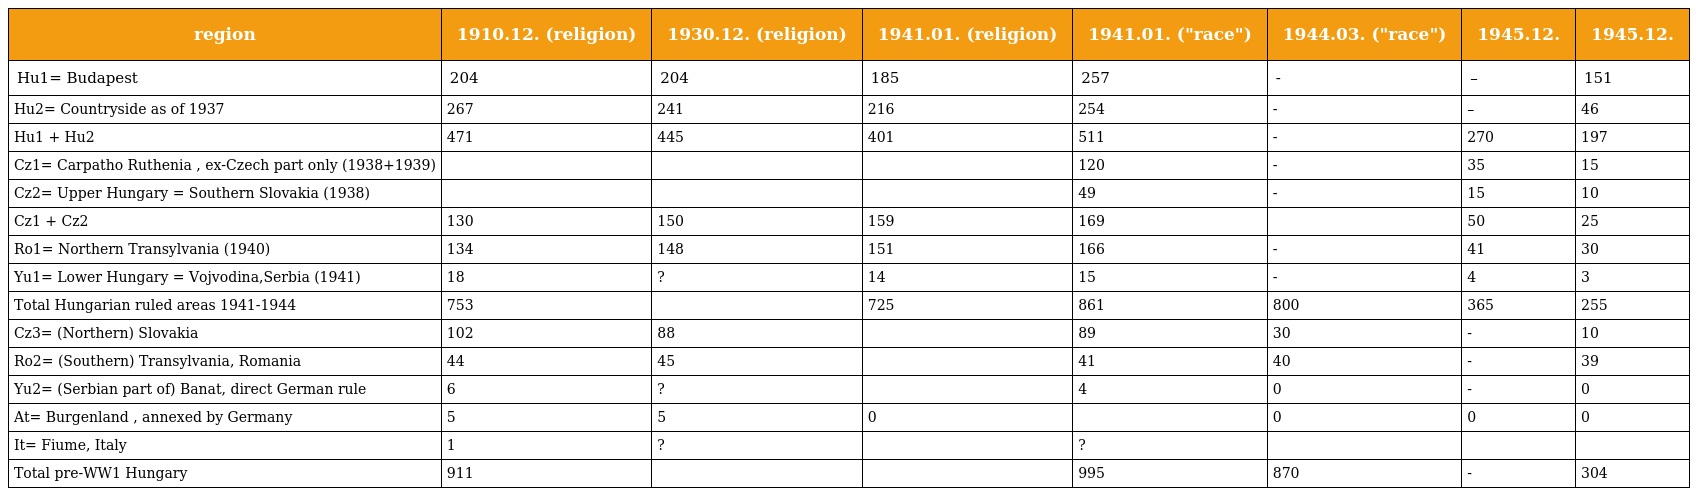
| region | 1910.12. (religion) | 1930.12. (religion) | 1941.01. (religion) | 1941.01. ("race") | 1944.03. ("race") | 1945.12. | 1945.12. |
 | --- | --- | --- | --- | --- | --- | --- | --- |
 | Hu1= Budapest | 204 | 204 | 185 | 257 | - | – | 151 |
 | Hu2= Countryside as of 1937 | 267 | 241 | 216 | 254 | - | – | 46 |
 | Hu1 + Hu2 | 471 | 445 | 401 | 511 | - | 270 | 197 |
 | Cz1= Carpatho Ruthenia , ex-Czech part only (1938+1939) |  |  |  | 120 | - | 35 | 15 |
 | Cz2= Upper Hungary = Southern Slovakia (1938) |  |  |  | 49 | - | 15 | 10 |
 | Cz1 + Cz2 | 130 | 150 | 159 | 169 |  | 50 | 25 |
 | Ro1= Northern Transylvania (1940) | 134 | 148 | 151 | 166 | - | 41 | 30 |
 | Yu1= Lower Hungary = Vojvodina,Serbia (1941) | 18 | ? | 14 | 15 | - | 4 | 3 |
 | Total Hungarian ruled areas 1941-1944 | 753 |  | 725 | 861 | 800 | 365 | 255 |
 | Cz3= (Northern) Slovakia | 102 | 88 |  | 89 | 30 | - | 10 |
 | Ro2= (Southern) Transylvania, Romania | 44 | 45 |  | 41 | 40 | - | 39 |
 | Yu2= (Serbian part of) Banat, direct German rule | 6 | ? |  | 4 | 0 | - | 0 |
 | At= Burgenland , annexed by Germany | 5 | 5 | 0 |  | 0 | 0 | 0 |
 | It= Fiume, Italy | 1 | ? |  | ? |  |  |  |
 | Total pre-WW1 Hungary | 911 |  |  | 995 | 870 | - | 304 |